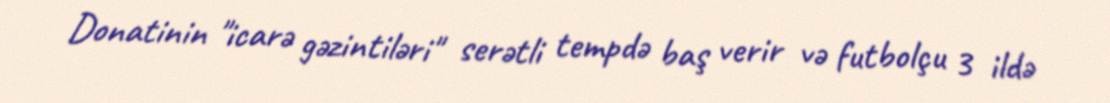
Donatinin "icarə gəzintiləri" serətli tempdə baş verir və futbolçu 3 ildə